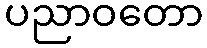
ပညာဝတော